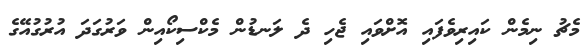
މެޗު ނިމެން ކައިރިވެފައި އޮށްވައި ޖެހި ދެ ލަނޑުން މެކްސިކޯއިން ވަރުގަދަ އުރުގުއޭގެ